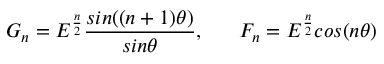
G _ { n } = E ^ { \frac { n } { 2 } } \frac { s i n ( ( n + 1 ) \theta ) } { s i n \theta } , \; \; \; \; \; \; F _ { n } = E ^ { \frac { n } { 2 } } c o s ( n \theta )